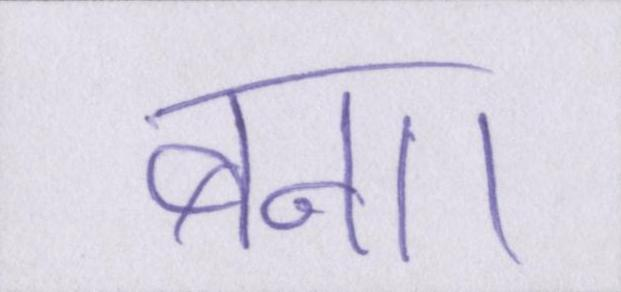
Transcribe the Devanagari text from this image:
बना।